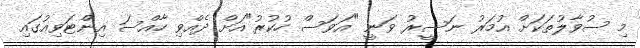
މި ސުވާލުތަކަށް އުމަރު ނަސީރު ވަނީ "އަވަސް ހުކުރު"އަށް ދެއްވި ހާއްސަ އިންޓަވިއުގައި